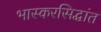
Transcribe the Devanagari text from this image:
भास्करसिद्धांत